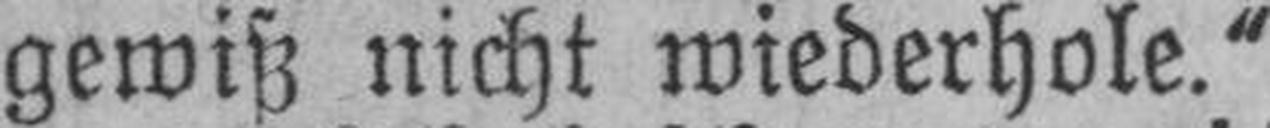
gewiß nicht wiederhole.“